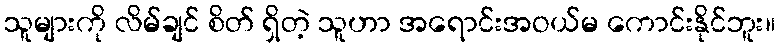
သူများကို လိမ်ချင် စိတ် ရှိတဲ့ သူဟာ အရောင်းအဝယ်မ ကောင်းနိုင်ဘူး။